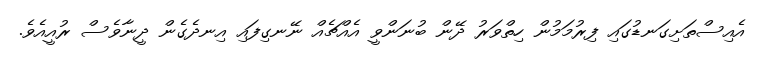
އެއިސްތަށިގަނޑުގައި ފިރުމަމުން ހިތްވަރު ދޭން ބުނަންވީ އެއްޗެއް ނޭނގިފައި އިނދެގެން ދީނާވެސް ރުއީއެވެ.